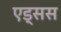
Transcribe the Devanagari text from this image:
एड्सस